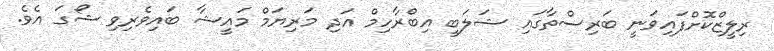
ރިލީޒްކޮށްފައިވަނީ ބަރިސްތާގައި ޝަލަބީ އިބްރާހިމް އަދި މަރިޔަމް މައީޝާ ބައިވެރިވި ޝޯގަ އެވެ.